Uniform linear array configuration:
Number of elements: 12
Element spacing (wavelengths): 0.25
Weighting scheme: hann
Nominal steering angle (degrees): -15
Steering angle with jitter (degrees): -15.317
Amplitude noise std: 0.05
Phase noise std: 0.05

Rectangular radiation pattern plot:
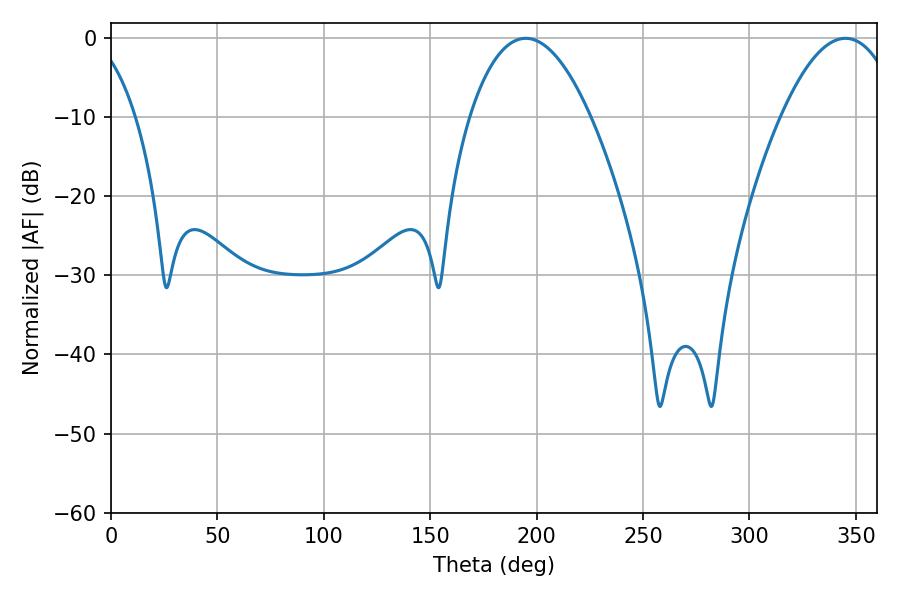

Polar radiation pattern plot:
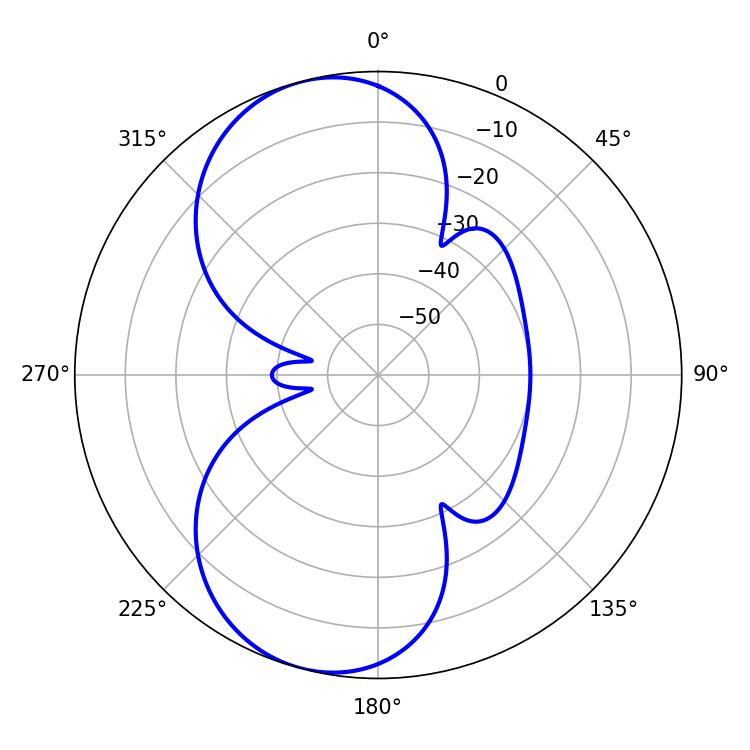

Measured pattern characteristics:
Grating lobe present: FALSE
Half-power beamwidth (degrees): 31.5
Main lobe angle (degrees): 194.94